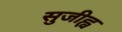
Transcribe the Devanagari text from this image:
सुजीह्व